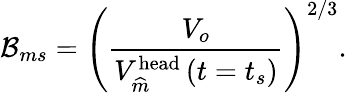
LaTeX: \mathcal{B}_{ms}=\left(\frac{V_{o}}{V_{\widehat{m}}^{\textrm{head}}\left(t=t_{s}\right)}\right)^{2/3}.